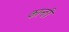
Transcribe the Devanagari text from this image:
कान्ती